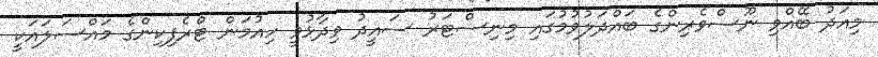
މިއަދު ބޭއްވި ނޫސްވެރިންގެ ބައްދަލުވުމުގައި މިނިސްޓަރު ސައީދު ވިދާޅުވީ ހިއުމަން ޓްރެފިކިންގެ މައްސަލައަކީ